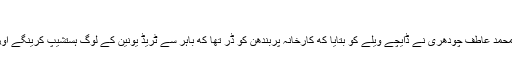
شروعاتی اوشواس
کارخانے کے ایچ آر پرمکھ محمد عاطف چودھری نے ڈایچے ویلے کو بتایا که کارخانہ پربندھن کو ڈر تھا که باہر سے ٹریڈ یونین کے لوگ ہستشیپ کرینگے اور کامگاروں کو بھڑکائینگے۔